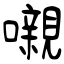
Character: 嚫